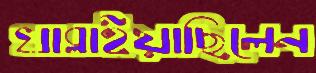
খাব্‌লাইয়াছিলেন